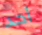
أحد